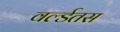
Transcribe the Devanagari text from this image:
वर्ल्डतस